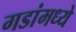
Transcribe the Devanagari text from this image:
गडांमध्ये